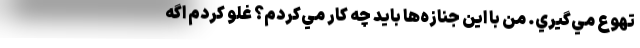
تهوع مي‌گيري. من با اين جنازه‌ها بايد چه كار مي‌كردم؟ غلو كردم اگه